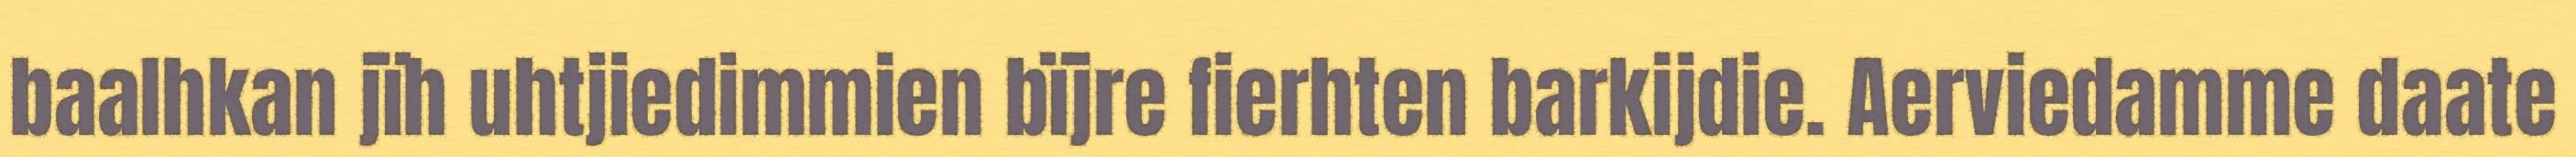
baalhkan jïh uhtjiedimmien bïjre fierhten barkijdie. Aerviedamme daate